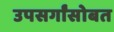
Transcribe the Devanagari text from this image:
उपसर्गांसोबत